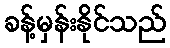
ခန့်မှန်းနိုင်သည်